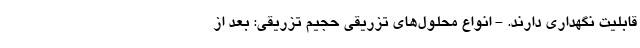
قابلیت نگهداری دارند. - انواع محلول‌های تزریقی حجیم تزریقی: بعد از